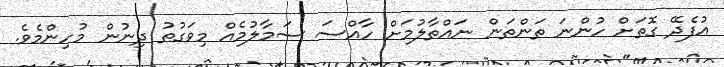
އުފެދޭ ގޮތަށް ހުންނަ ތަންތަން ނައްތާލުމަށް ހާއްސަ ސަމާލުމެއް މިވަގުތު ދިނުން މުހިންމެވެ.